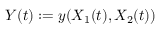
Y ( t ) : = y ( X _ { 1 } ( t ) , X _ { 2 } ( t ) )